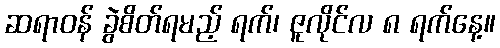
ဆရာဝန် ခွဲစိတ်ရမည့် ရက်၊ ဇူလိုင်လ ၈ ရက်နေ့။